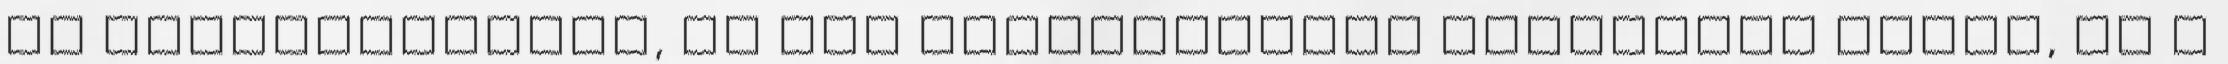
az ördögfiókával, én meg ülőhelyzetbe tornáztam magam, és a